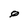
Character: 0